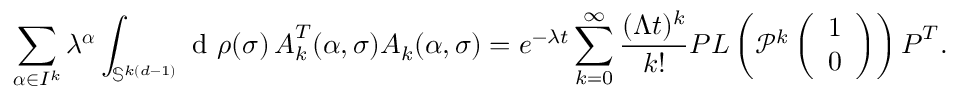
\sum _ { \boldsymbol { \alpha } \in I ^ { k } } \lambda ^ { \boldsymbol { \alpha } } \int _ { \mathbb { S } ^ { k ( d - 1 ) } } \textup { d } \rho ( \boldsymbol { \sigma } ) \, \boldsymbol { A } _ { k } ^ { T } ( \boldsymbol { \alpha } , \boldsymbol { \sigma } ) \boldsymbol { A } _ { k } ( \boldsymbol { \alpha } , \boldsymbol { \sigma } ) = e ^ { - \lambda t } \sum _ { k = 0 } ^ { \infty } \frac { ( \Lambda t ) ^ { k } } { k ! } \boldsymbol { P } \boldsymbol { L } \left( \mathcal { P } ^ { k } \left( \begin{array} { l } { 1 } \\ { 0 } \end{array} \right) \right) \boldsymbol { P } ^ { T } .